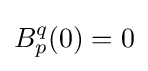
B_{p}^{q}(0)=0